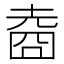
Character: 𡍬